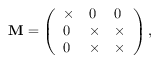
\mathbf { M } = \left( \begin{array} { l l l } { \times } & { 0 } & { 0 } \\ { 0 } & { \times } & { \times } \\ { 0 } & { \times } & { \times } \end{array} \right) ,